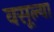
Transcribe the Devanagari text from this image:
वसूल्या